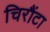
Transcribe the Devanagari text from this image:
चिरौंटा